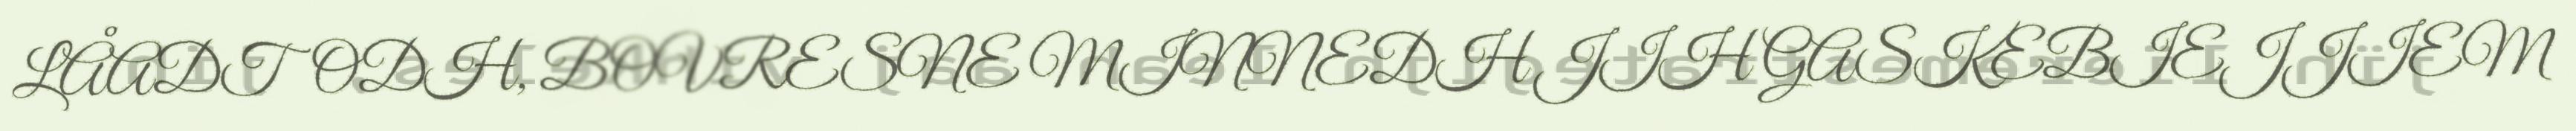
LÅADTODH, BOVRESNE MINNEDH JIH GASKEBIEJJIEM